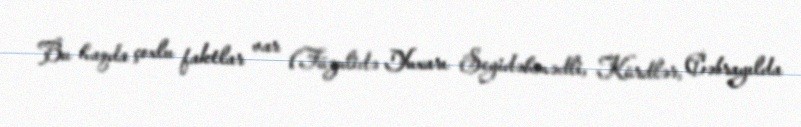
Bu haqda çoxlu faktlar var (Füzulidə Yuxarı Seyidəhmədli, Kürdlər, Cəbrayılda